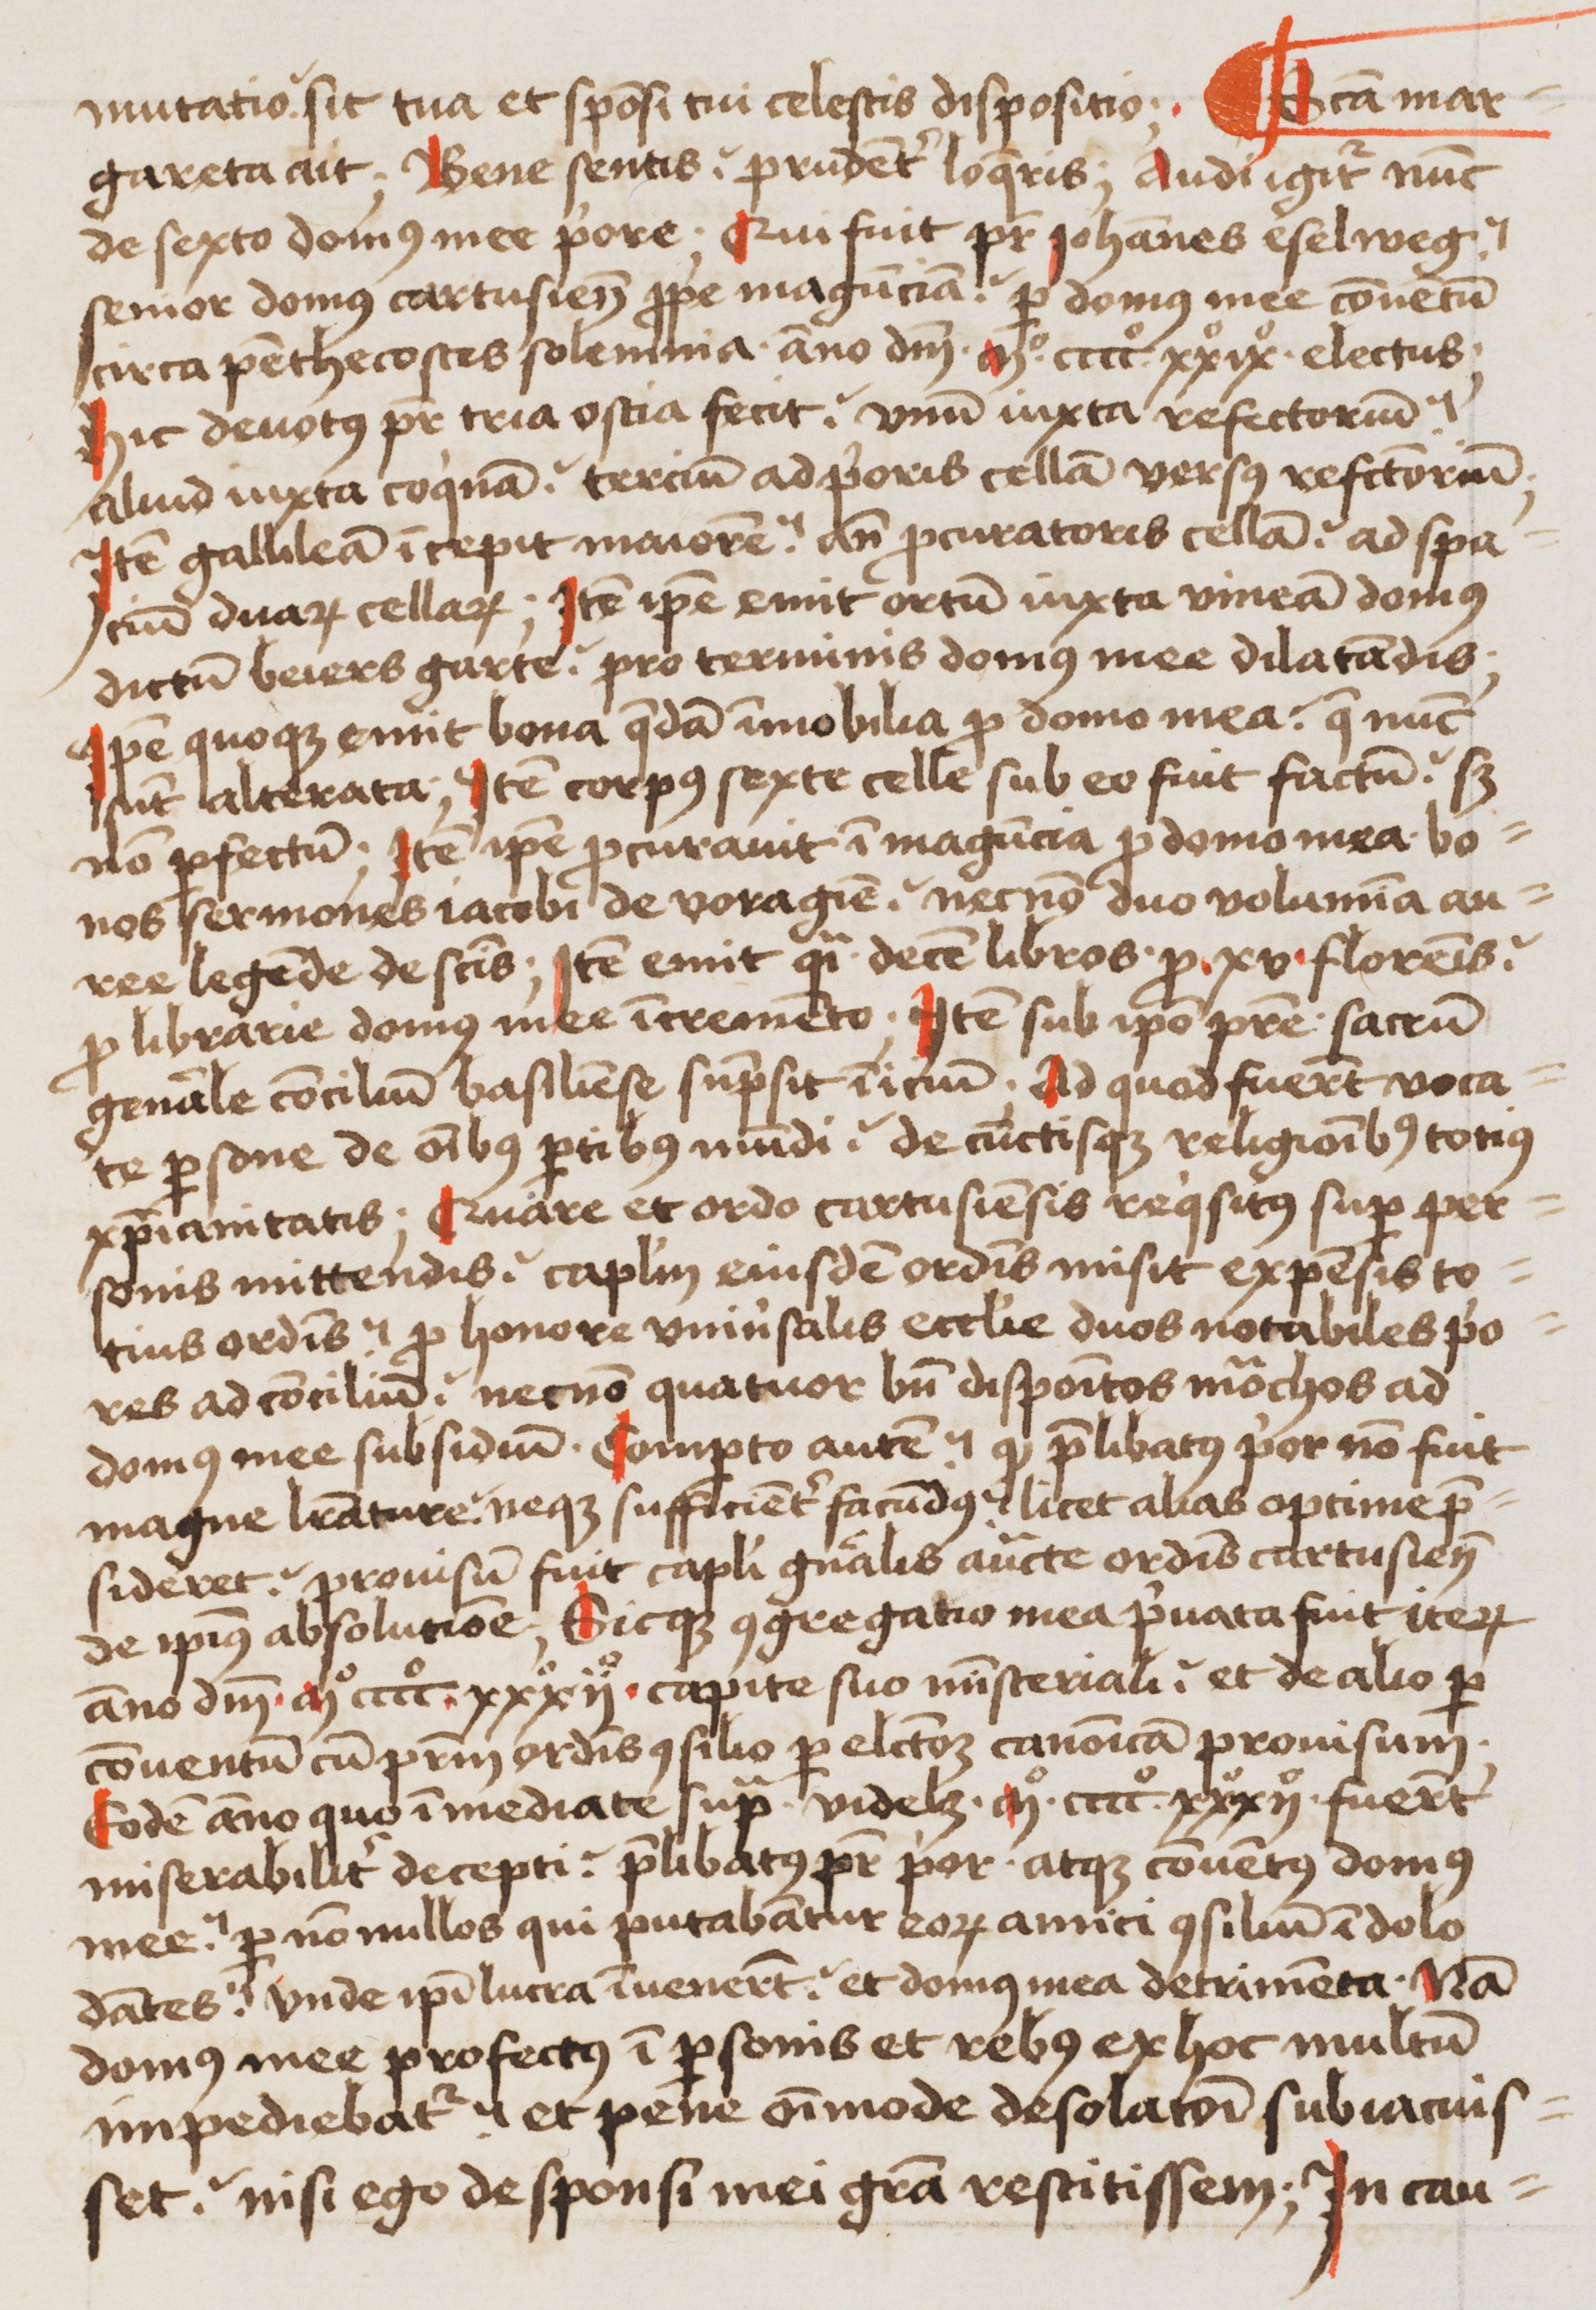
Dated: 1480–1526